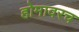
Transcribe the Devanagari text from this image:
होमावरच